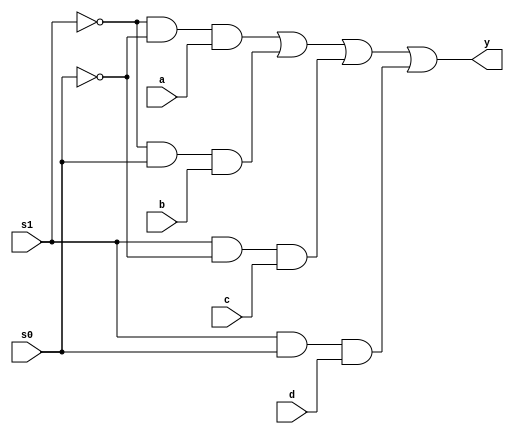
module mux_4_1(a, b, c, d, s0, s1, y);
  input a, b, c, d, s0, s1;
  output y;
  assign y = ~s1&~s0&a | ~s1&s0&b | s1&~s0&c | s1&s0&d;
endmodule